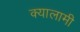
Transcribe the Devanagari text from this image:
क्यालामी